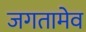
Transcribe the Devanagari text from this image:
जगतामेव